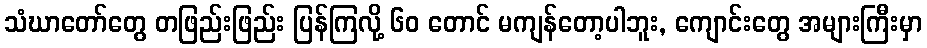
သံဃာတော်တွေ တဖြည်းဖြည်း ပြန်ကြလို့ ၆၀ တောင် မကျန်တော့ပါဘူး, ကျောင်းတွေ အများကြီးမှာ